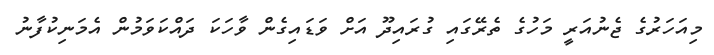
މިއަހަރުގެ ޖެނުއަރީ މަހުގެ ތެރޭގައި ގުރައިދޫ އަށް ވަޑައިގެން ވާހަކަ ދައްކަވަމުން އެމަނިކުފާނު